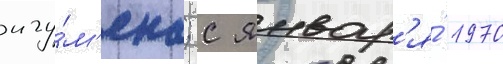
игу́м'ена; с январ'я́ 1970